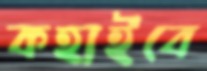
কহাইবে